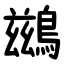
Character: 鷀